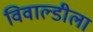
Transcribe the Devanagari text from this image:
विवाल्डीला